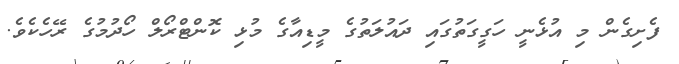
ފެށިގެން މި އުޅެނީ ހަގީގަތުގައި ދައުލަތުގެ މީޑިއާގެ މުޅި ކޮންޓްރޯލް ހޯދުމުގެ ރޭހެކެވެ.